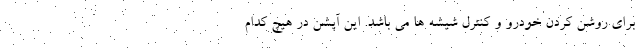
برای روشن کردن خودرو و کنترل شیشه ها می باشد. این آپشن در هیچ کدام